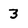
Character: 3